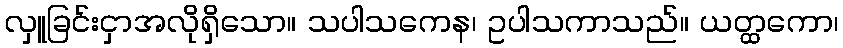
လှူခြင်းငှာအလိုရှိသော။ သပါသကေန၊ ဥပါသကာသည်။ ယတ္ထကော၊